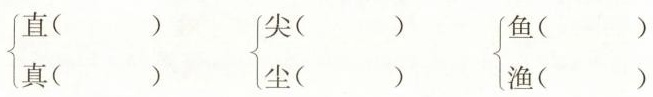
\left\{\begin{matrix}直() \\真()\end{matrix}\right. \left\{\begin{matrix}尖（）\\尘（）\end{matrix}\right. \left\{\begin{matrix} 鱼()\\渔()\end{matrix}\right.